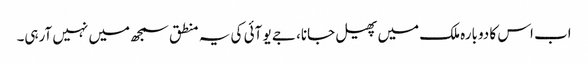
اب اس کا دوبارہ ملک میں پھیل جانا، جے یو آئی کی یہ منطق سمجھ میں نہیں آرہی۔